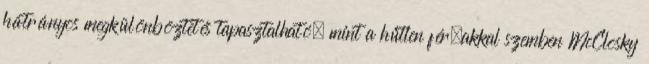
hátrányos megkülönböztetés tapasztalható, mint a hűtlen férﬁakkal szemben McClosky